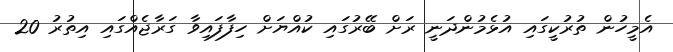
އެމީހުން ތުރުކީގައި އުޅެމުންދަނީ ރަށް ބޭރުގައި ކުއްޔަށް ހިފާފައިވާ ގަރާޖެއްގައި އިތުރު 20